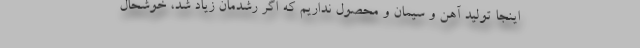
اینجا تولید آهن و سیمان و محصول نداریم که اگر رشدمان زیاد شد، خوشحال